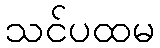
သင်ပထမ